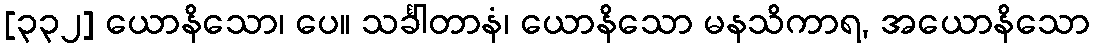
[၃၃၂] ယောနိသော၊ ပေ။ သင်္ခါတာနံ၊ ယောနိသော မနသိကာရ, အယောနိသော